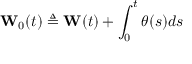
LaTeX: \mathbf { W } _ { 0 } ( t ) \triangleq \mathbf { W } ( t ) + \int _ { 0 } ^ { t } \theta ( s ) d s